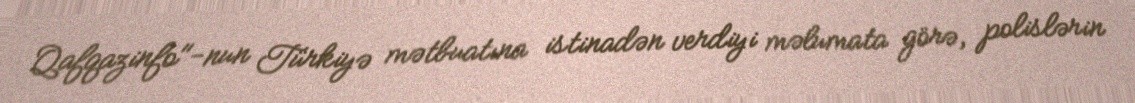
Qafqazinfo"-nun Türkiyə mətbuatına istinadən verdiyi məlumata görə, polislərin